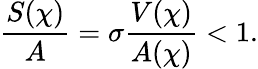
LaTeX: \frac{S(\chi)}{A}=\sigma\frac{V(\chi)}{A(\chi)}<1.